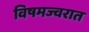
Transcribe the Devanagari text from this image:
विषमज्वरात